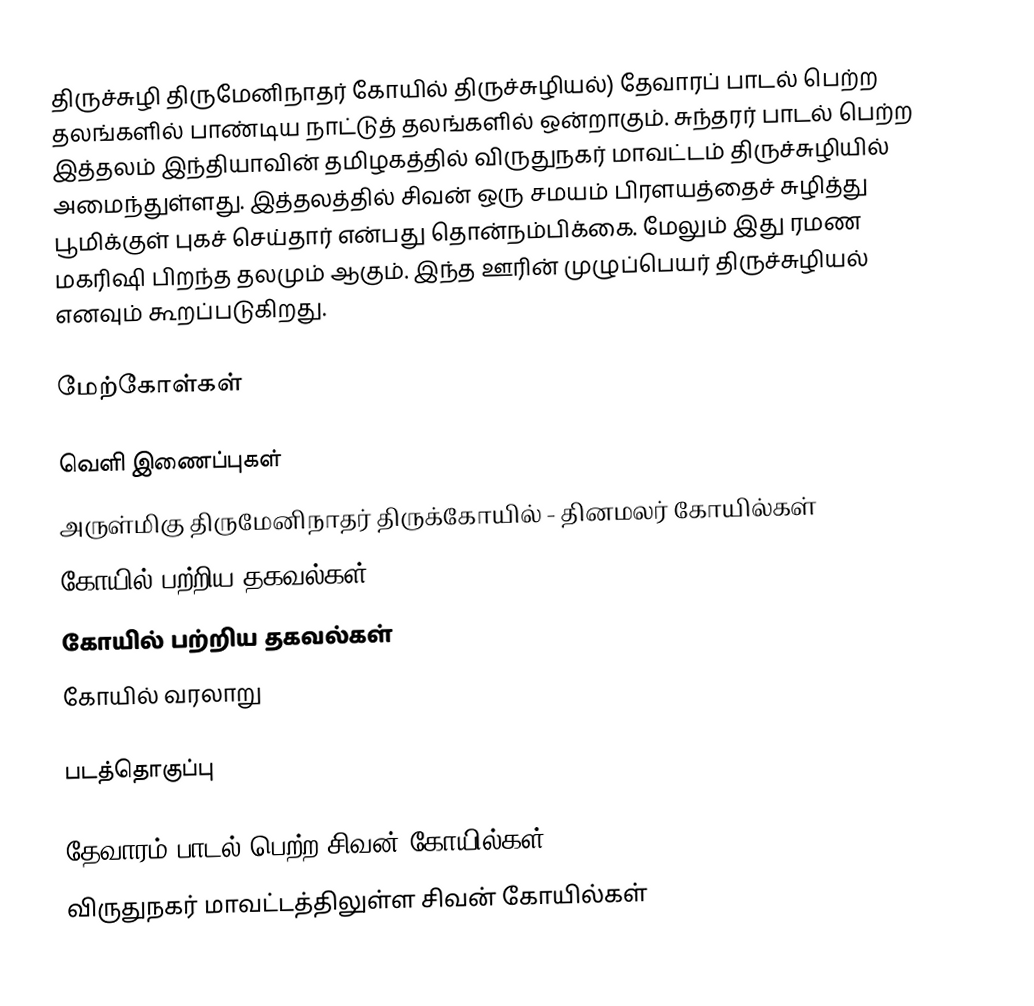
திருச்சுழி திருமேனிநாதர் கோயில் திருச்சுழியல்) தேவாரப் பாடல் பெற்ற தலங்களில்  பாண்டிய நாட்டுத் தலங்களில் ஒன்றாகும். சுந்தரர் பாடல் பெற்ற இத்தலம் இந்தியாவின் தமிழகத்தில் விருதுநகர் மாவட்டம் திருச்சுழியில் அமைந்துள்ளது. இத்தலத்தில் சிவன் ஒரு சமயம் பிரளயத்தைச் சுழித்து பூமிக்குள் புகச் செய்தார் என்பது தொன்நம்பிக்கை. மேலும் இது ரமண மகரிஷி பிறந்த தலமும் ஆகும். இந்த ஊரின் முழுப்பெயர் திருச்சுழியல் எனவும் கூறப்படுகிறது.

மேற்கோள்கள்

வெளி இணைப்புகள்
 அருள்மிகு திருமேனிநாதர் திருக்கோயில் - தினமலர் கோயில்கள்
 கோயில் பற்றிய தகவல்கள்
 கோயில் பற்றிய தகவல்கள்
 கோயில் வரலாறு

படத்தொகுப்பு

தேவாரம் பாடல் பெற்ற சிவன் கோயில்கள்
விருதுநகர் மாவட்டத்திலுள்ள சிவன் கோயில்கள்